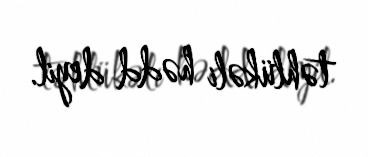
təhlükəli hədd deyil.